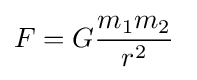
F=G{\frac {m_{1}m_{2}}{r^{2}}}\